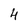
Character: 4